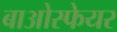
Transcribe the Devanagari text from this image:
बाओस्फेयर